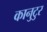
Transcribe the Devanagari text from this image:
कानुटुर